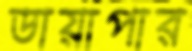
ডায়াপার